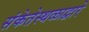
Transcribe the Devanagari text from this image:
संकेतेस्थळाद्वारे